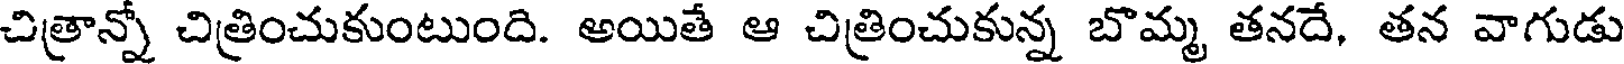
చిత్రాన్నో చిత్రించుకుంటుంది. అయితే ఆ చిత్రించుకున్న బొమ్మ తనదే, తన వాగుడు